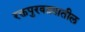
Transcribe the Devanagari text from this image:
रक्तपुरवठ्यातील